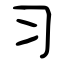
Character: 习